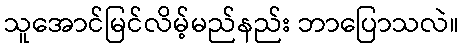
သူအောင်မြင်လိမ့်မည်နည်း ဘာပြောသလဲ။